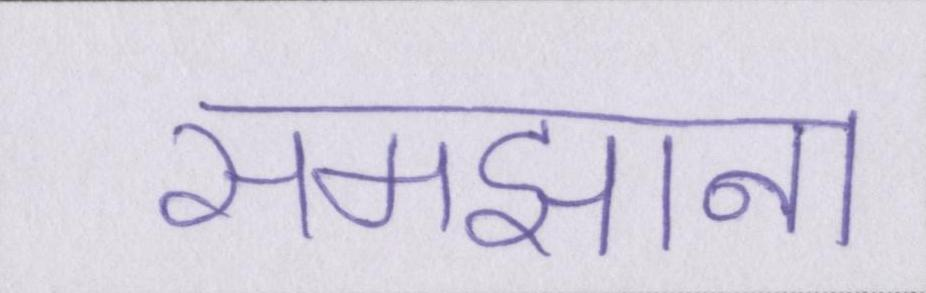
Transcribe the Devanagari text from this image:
समझाना